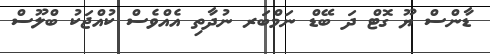
ޑާންސް ޔޫ ގޮޓް ދަ ބޭޑް ނަމްބަރ ނުދާތި އެއްވެސް ކުއްޖަކު ބްލޫސް